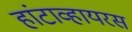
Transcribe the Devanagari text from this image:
हांटाव्हायरस